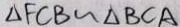
\Delta F C B \sim \Delta B C A